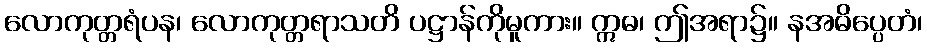
လောကုတ္တရံပန၊ လောကုတ္တရာသတိ ပဋ္ဌာန်ကိုမူကား။ ဣဓ၊ ဤအရာ၌။ နအဓိပ္ပေတံ၊